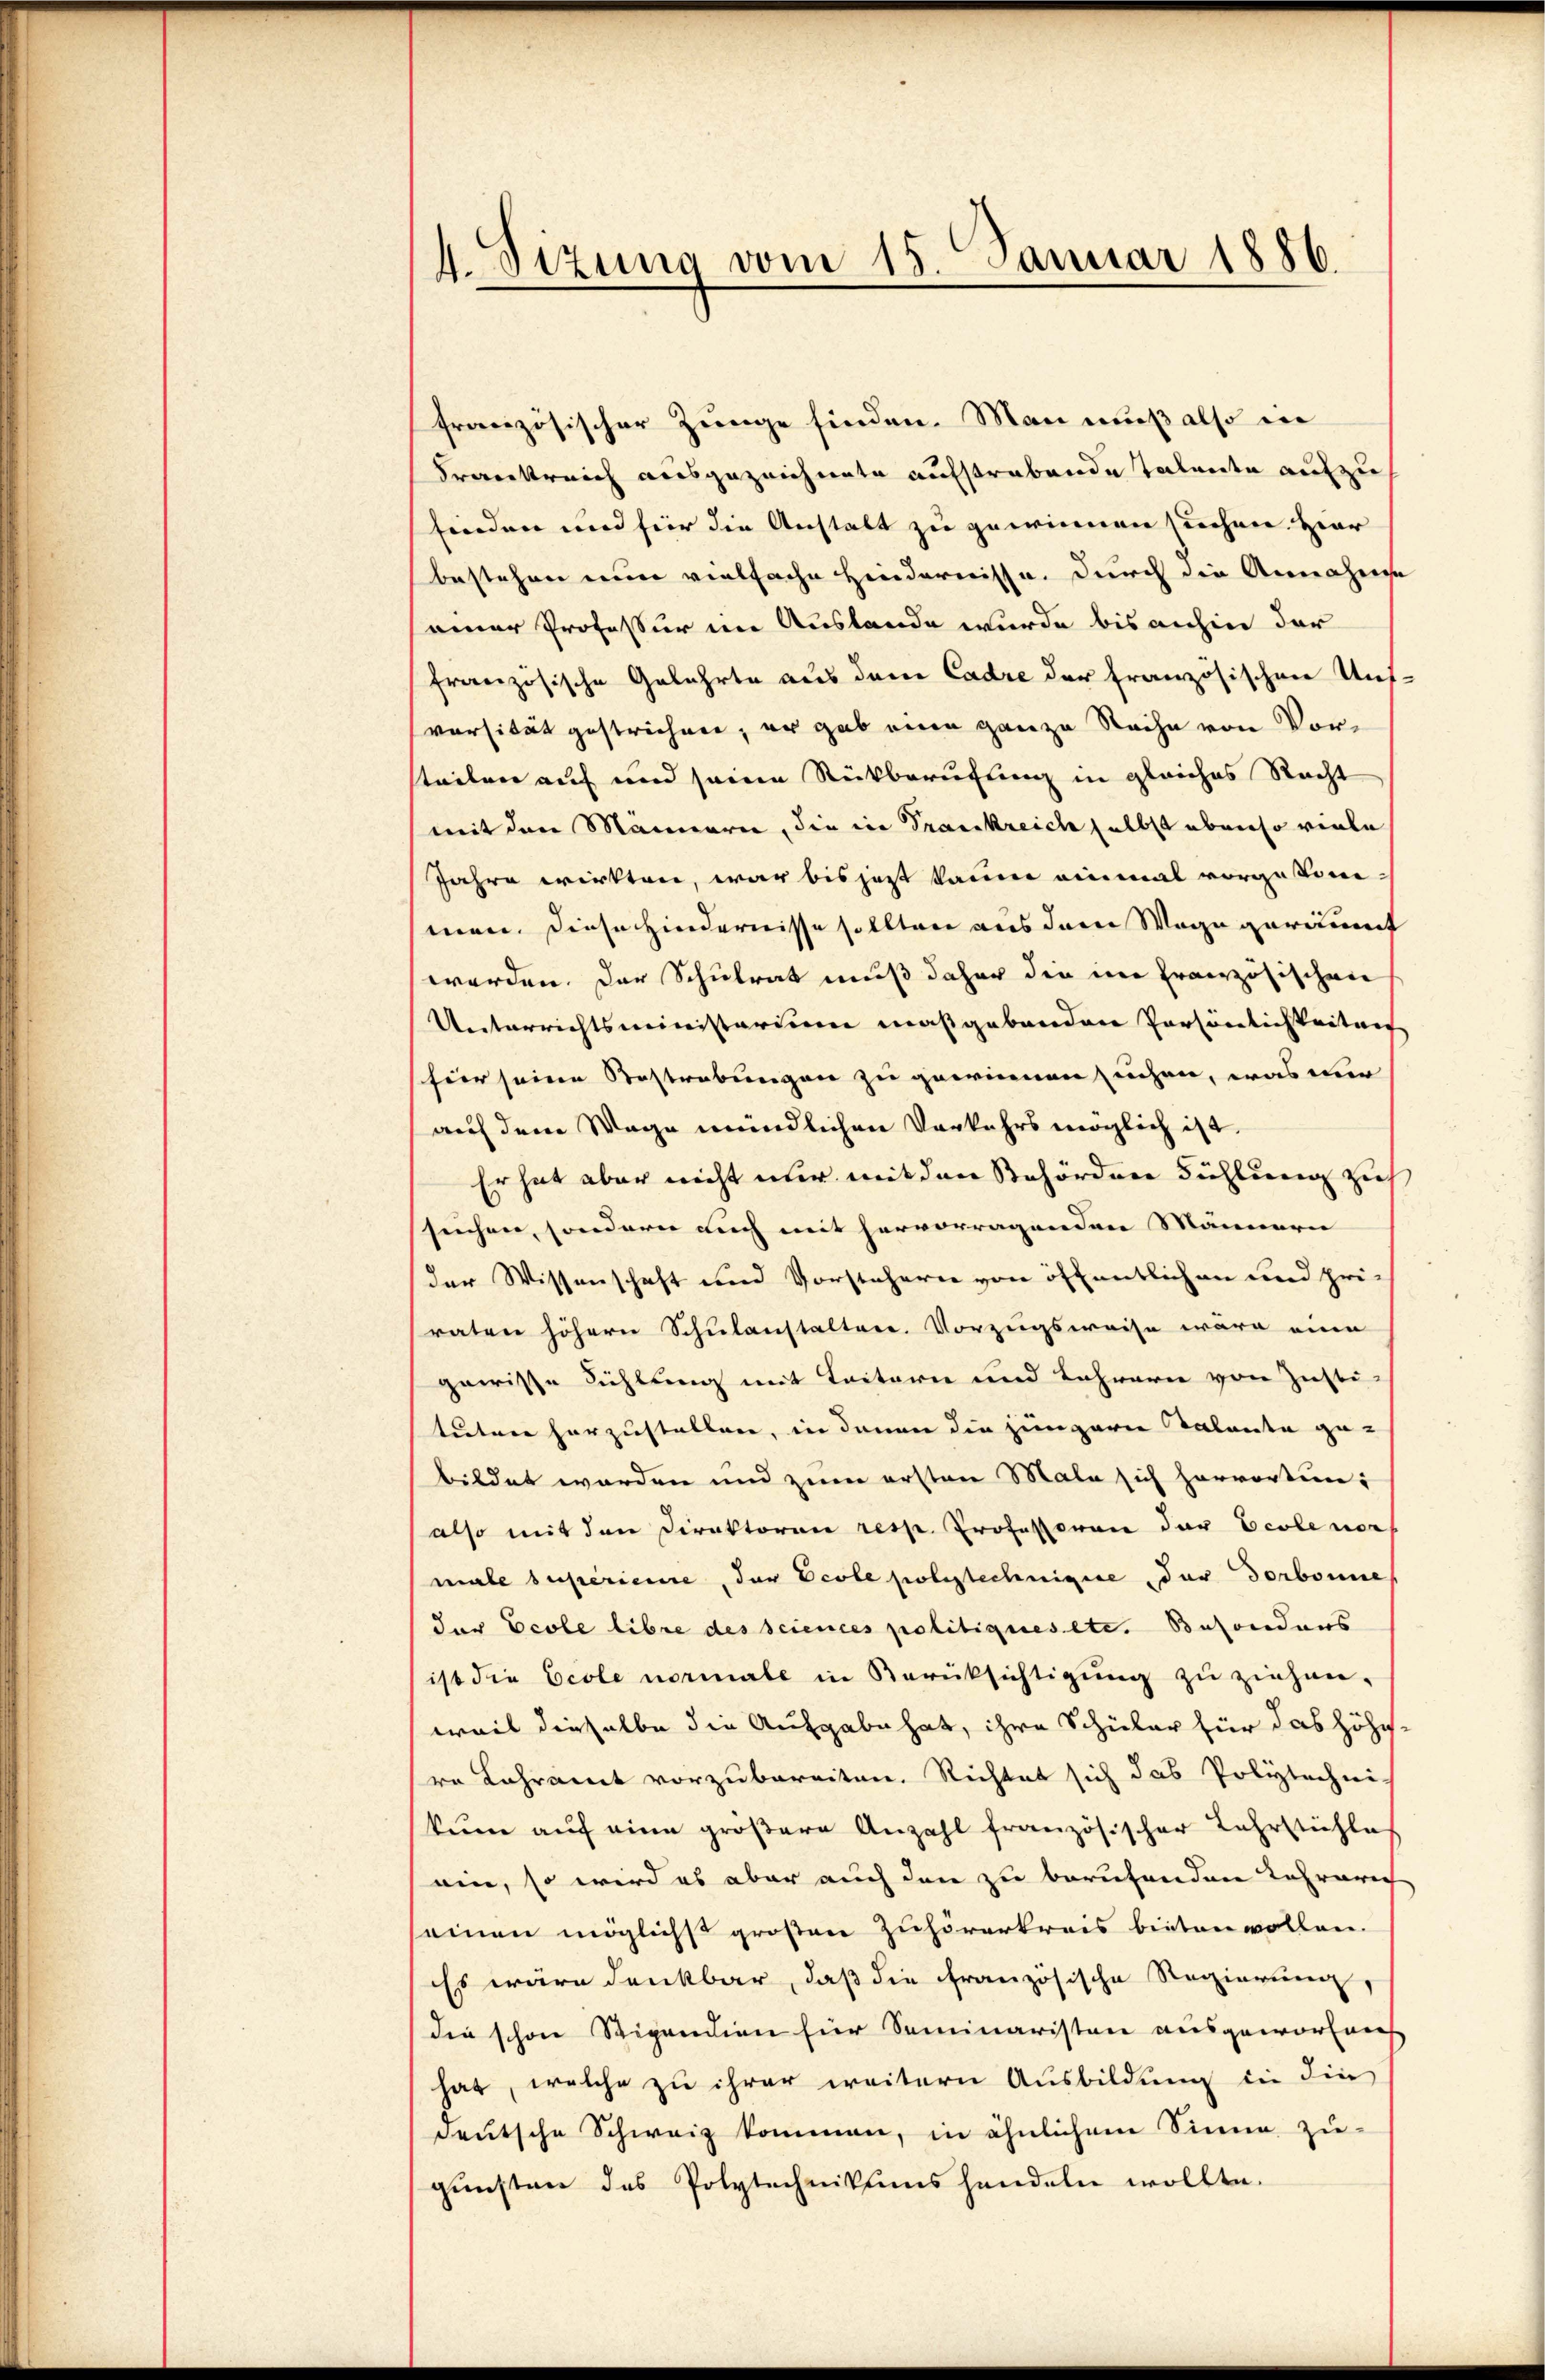
4. Sizung vom 15. Januar 1886.

französischer Zunge finden. Man muß also in
Frankreich ausgezeichnete aufstrabende Talente aufzu
finden und für die Anstalt zu gewinnen suchen. Hier
bestehen eine vielfache Hindernisse. Durch die Annahese
einer Professur im Auslande wurde bis anhin der
französische Gebührte aus dem Cadre der französischen Unf-
vorsität gestrichen, er gab eine ganze Sache von Vorteilen auf und seine Rückberufung in gleiches Recht
mit den Mannern, die in Trankreich selbst ebenso viele
Jahre wirkten, war bis jetzt kaum einmal vorgesin-
men. Diese Hindernisse sollten aus dem Wege geraumt
werden. Der Schulrat muß daher die im französischen
Unterrichtsministerium maßgebenden Persönlichkeiter
für seine Bestrebungen zu gerinnen suchen, was mir
auf dem Wage mündlichen Vorkehrs möglich ist.
Er hat aber nicht nur mit den Behörden Fühlung zu
suchen, sondern auch mit hervorragenden Männern
der Wissenschaft und Vorstehern von öffentlichen und pri-
raten höhern Schulanstalten. Vorzugsweise wäre eine
gewisse Richtung mit Taitern und Lehrern von Justi-
tuten herzustellen, in denen die jüngere Talanta ge-
bildet werden und zum ersten Male sich hervortunalso mit den Direktoran resp. Professoren der Ecolener
male superiere, der Ecole polytechnigere der Dorbonne
der Ecole libre des sciences politiques etc. Besonders
ist die Ecole normale in Berüksichtigung zu ziehen-
weil dieselbe die Aufgabe hat, ihre Schüler für das höhe
re Lahramt vorzubereiten. Richtet sich das Polytechni
kum auf eine größere Anzahl französischer Lehrstühle
ein, so wird es aber auch den zu berufenden Lehrerich
seinen möglichst großen Zuhörerkreis bieten wollen.
Es wäre denkbar, daß die französische Regierung,
die schon Stipendien für Seminaristen ausgeworfes
hat, welche zu ihrer weitern Ausbildung die die
deutsche Schweiz kommen, in ähnlichem Sinne zugunsten des Polytechnikums handeln wollte.